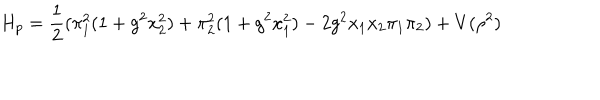
LaTeX: H _ { p } = \frac { 1 } { 2 } ( \pi _ { 1 } ^ { 2 } ( 1 + g ^ { 2 } x _ { 2 } ^ { 2 } ) + \pi _ { 2 } ^ { 2 } ( 1 + g ^ { 2 } x _ { 1 } ^ { 2 } ) - 2 g ^ { 2 } x _ { 1 } x _ { 2 } \pi _ { 1 } \pi _ { 2 } ) + V ( \rho ^ { 2 } )